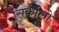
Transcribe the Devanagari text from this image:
सर्कोलो